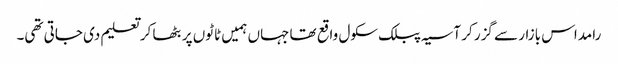
رامداس بازار سے گزر کر آسیہ پبلک سکول واقع تھا جہاں ہمیں ٹاٹوں پر بٹھا کر تعلیم دی جاتی تھی۔